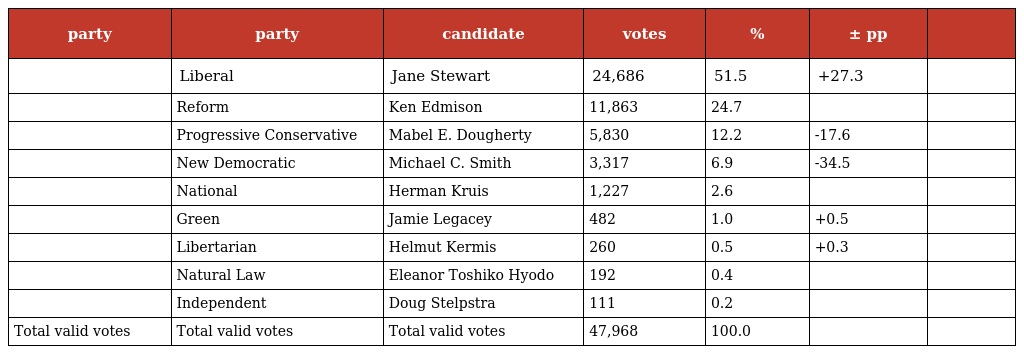
| party | party | candidate | votes | % | ± pp |  |
 | --- | --- | --- | --- | --- | --- | --- |
 |  | Liberal | Jane Stewart | 24,686 | 51.5 | +27.3 |  |
 |  | Reform | Ken Edmison | 11,863 | 24.7 |  |  |
 |  | Progressive Conservative | Mabel E. Dougherty | 5,830 | 12.2 | -17.6 |  |
 |  | New Democratic | Michael C. Smith | 3,317 | 6.9 | -34.5 |  |
 |  | National | Herman Kruis | 1,227 | 2.6 |  |  |
 |  | Green | Jamie Legacey | 482 | 1.0 | +0.5 |  |
 |  | Libertarian | Helmut Kermis | 260 | 0.5 | +0.3 |  |
 |  | Natural Law | Eleanor Toshiko Hyodo | 192 | 0.4 |  |  |
 |  | Independent | Doug Stelpstra | 111 | 0.2 |  |  |
 | Total valid votes | Total valid votes | Total valid votes | 47,968 | 100.0 |  |  |